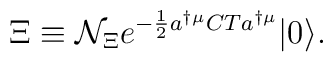
\Xi\equiv{\cal N}_\Xi e^{-\frac{1}{2}a^{\dagger\mu}CTa^{\dagger\mu}}|0\rangle.